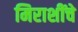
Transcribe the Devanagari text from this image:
मिराशींचे